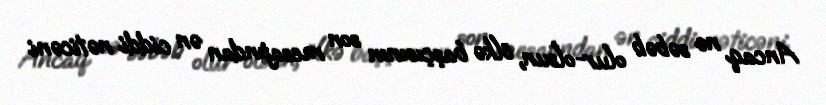
Ancaq nə səbəb olur-olsun, ölkə başçısının son mesajından ən ciddi nəticəni